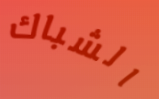
الشباك